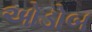
ઓડોબ